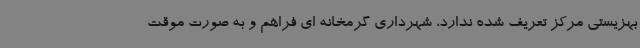
بهزیستی مرکز تعریف شده ندارد، شهرداری گرمخانه ای فراهم و به صورت موقت